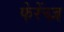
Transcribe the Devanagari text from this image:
फेरेंच्ज़